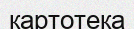
картотека